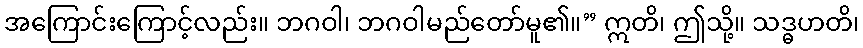
အကြောင်းကြောင့်လည်း။ ဘဂဝါ၊ ဘဂဝါမည်တော်မူ၏။” ဣတိ၊ ဤသို့။ သဒ္ဓဟတိ၊